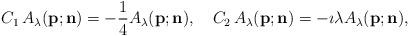
LaTeX: \begin{align*}C_1\,A_{\lambda}({\bf p};{\bf n})=-\frac{1}{4}A_{\lambda}({\bf p};{\bf n}),\quad{C_2}\,A_{\lambda}({\bf p};{\bf n})=-\imath{\lambda}A_{\lambda}({\bf p};{\bf n}),\end{align*}